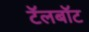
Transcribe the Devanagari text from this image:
टॅलबॉट